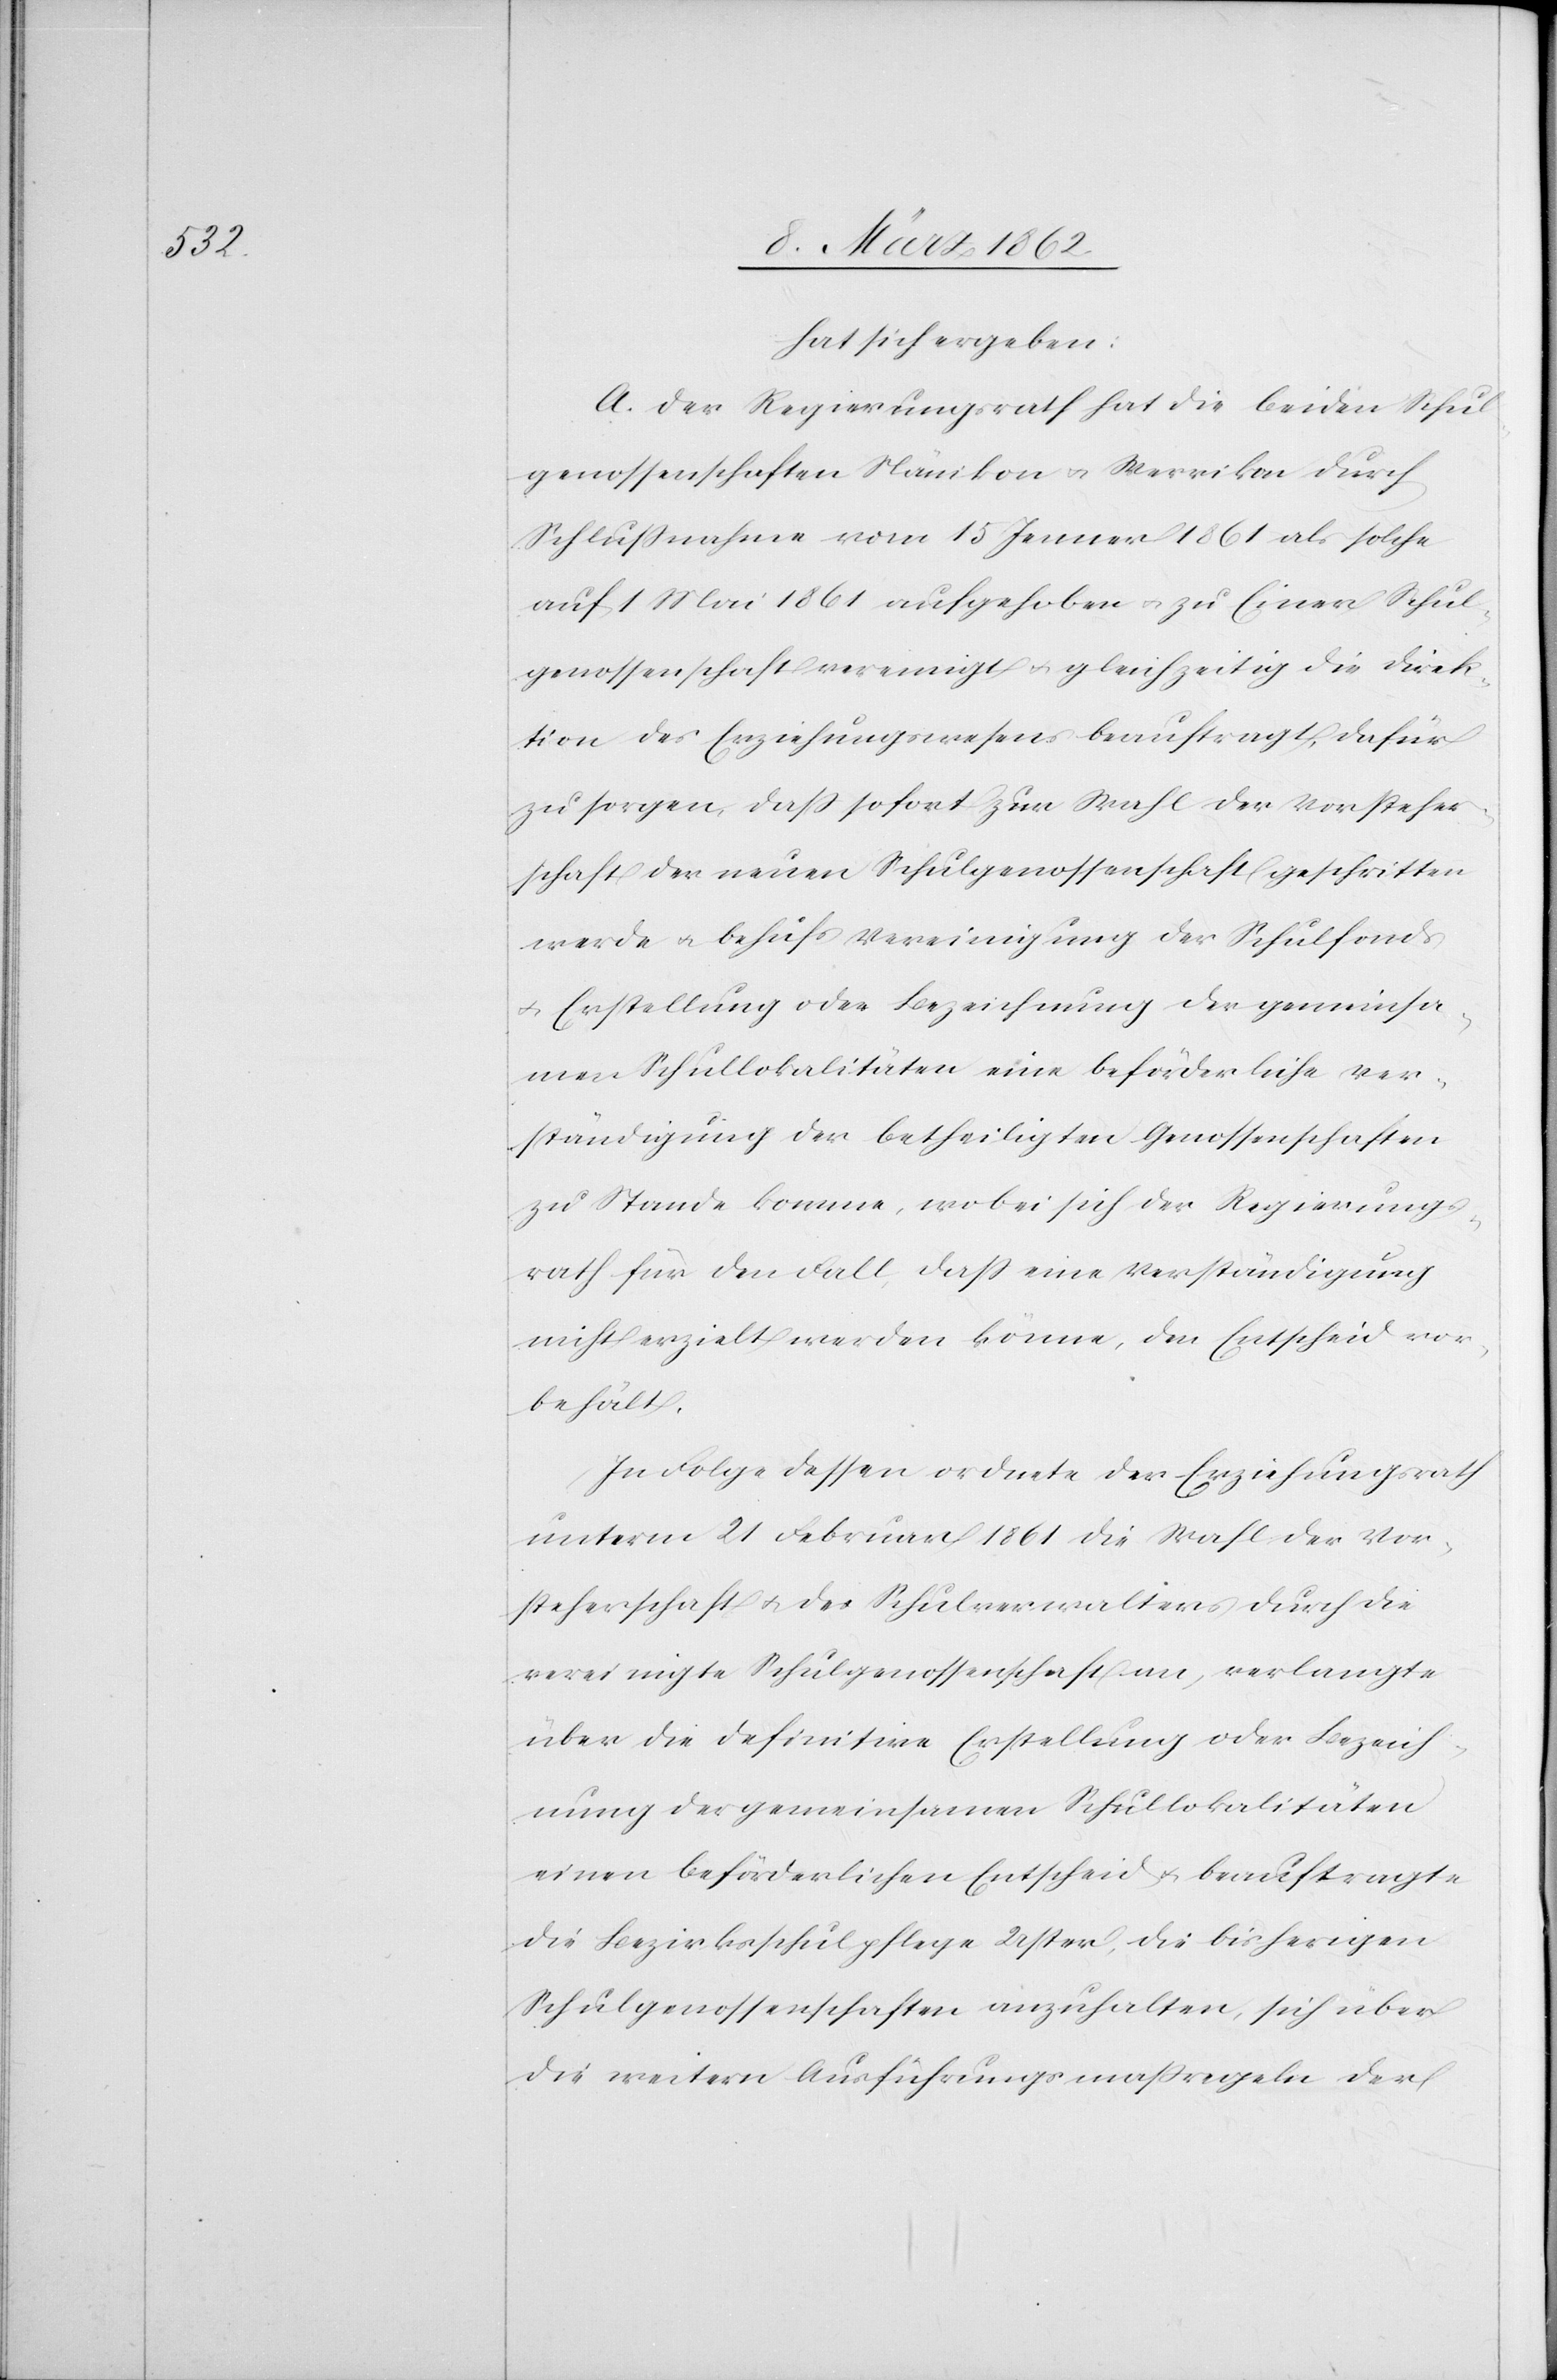
hat sich ergeben:
A. Der Regierungsrath hat die beiden Schul¬
genossenschaften Nänikon u. Werrikon durch
Schlußnahme vom 15 Jenner 1861 als solche
auf 1 Mai 1861 aufgehoben u. zu Einer Schul¬
genossenschaft vereinigt u. gleichzeitig die Direk¬
tion des Erziehungswesens beauftragt, dafür
zu sorgen, daß sofort zur Wahl der Vorsteher¬
schaft der neuen Schulgenossenschaft geschritten
werde u. behufs Vereinigung der Schulfonds
u. Erstellung oder Bezeichnung der gemeinsa¬
men Schullokalitäten eine beförderliche Ver¬
ständigung der betheiligten Genossenschaften
zu Stande komme, wobei sich der Regierungs¬
rath für den Fall, daß eine Verständigung
nicht erzielt werden könne, den Entscheid vor¬
behält.
In Folge dessen ordnete der Erziehungsrath
unterm 21 Februar 1861 die Wahl der Vor¬
steherschaft u. des Schulverwalters durch die
vereinigte Schulgenossenschaft an, verlangte
über die definitive Erstellung oder Bezeich¬
nung der gemeinsamen Schullokalitäten
einen beförderlichen Entscheid u. beauftragte
die Bezirksschulpflege Uster, die bisherigen
Schulgenossenschaften anzuhalten, sich über
die weitern Ausführungsmaßregeln der